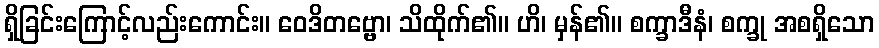
ရှိခြင်းကြောင့်လည်းကောင်း။ ဝေဒိတဗ္ဗော၊ သိထိုက်၏။ ဟိ၊ မှန်၏။ စက္ခာဒီနံ၊ စက္ခု အစရှိသော